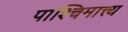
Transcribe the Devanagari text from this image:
पाश्चिमात्त्य